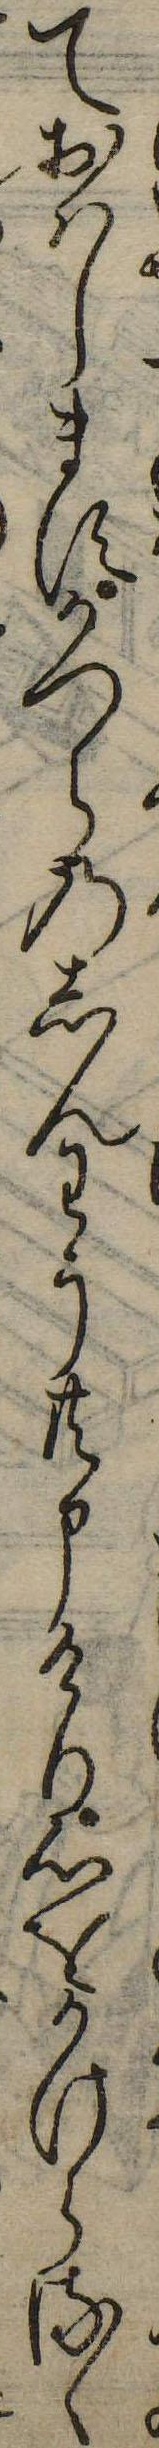
ておはしますかつらのしんわう共申けり心をかけらるゝ